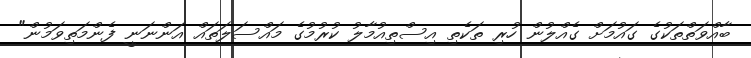
ބާއްވަތްތަކުގެ ގައުމަށް ގެއްލުން ހުރި ތަކެތި އިސްތިއުމާލު ކުރުމުގެ މައްސަލަތައް އަންނަނީ ފެންމަތިވަމުން"